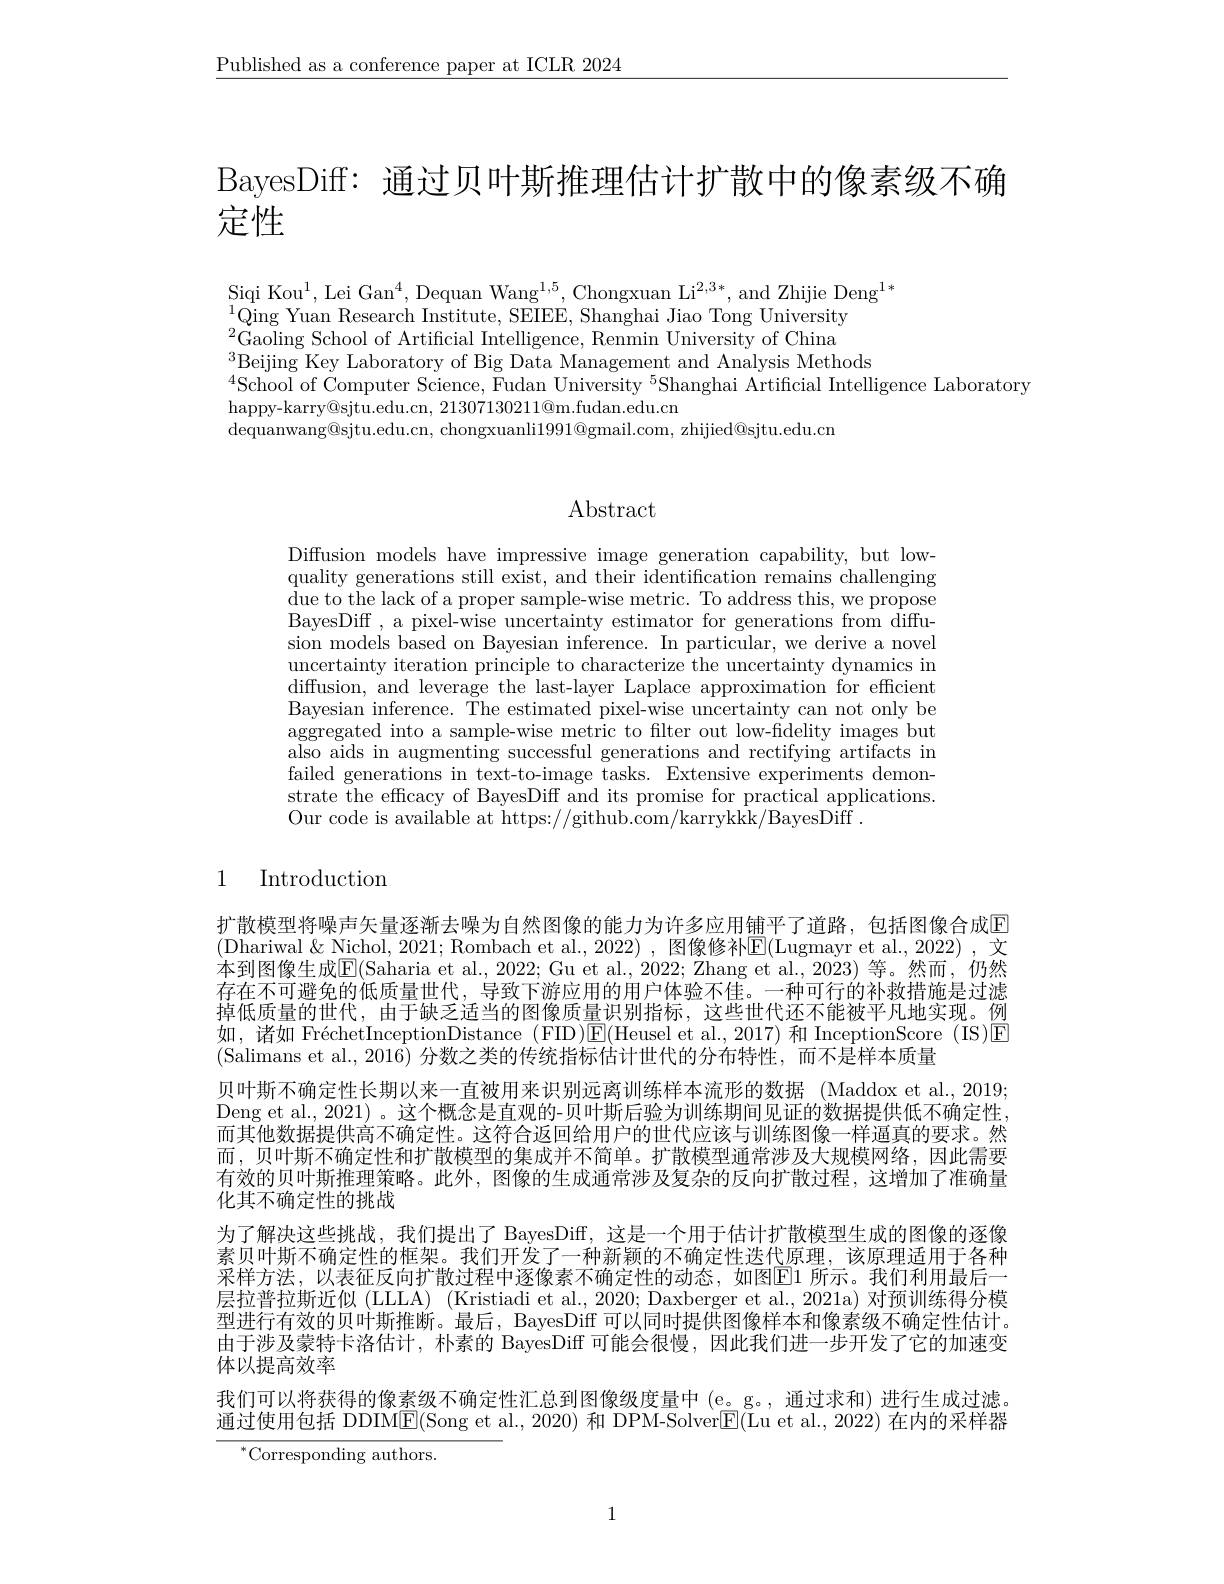
$\underline{\text{Published as a conference paper at ICLR 2024}}$

BayesDiff: 通过贝叶斯推理估计扩散中的像素级不确

定性

$\begin{array}{l}{\mathrm{Siqi~Kou}^{1},\text{Lei Gan}^{4},\text{Dequan Wang}^{1,5},\text{Chongxuan Li}^{2,3*},\text{and Zhijie Deng}^{1*}}\\{\mathrm{Siqi~Kou}^{1},\text{Lei Gan}^{4},\text{Dequan Wang}^{1,5},\text{Chongxuan Li}^{2,3*},\text{and Zhijie Deng}^{1*}}\end{array}$
$_{\mathrm{a}}^{1}$Qing Yuan Research Institute, SEIEE, Shanghai Jiao Tong University $^{2}$Gaoling School of Artificial Intelligence, Renmin University of China $^{3}$Beijing Key Laboratory of Big Data Management and Analysis Methods
$^{4}$School of Computer Science, Fudan University $^{5}$Shanghai Artificial Intelligence Laboratory
happy- karry@ sjtu. edu. cn, 21307130211@ m. fudan. edu. cn
dequanwang@sjtu.edu.cn, chongxuanli$1991@$gmail.com, zhijied@sjtu.edu.cn

# $\operatorname{Abstract}$

Diffusion models have impressive image generation capability, but lowquality generations still exist, and their identification remains challenging due to the lack of a proper sample-wise metric. To address this, we propose BayesDiff , a pixel-wise uncertainty estimator for generations from diffusion models based on Bayesian inference. In particular, we derive a novel uncertainty iteration principle to characterize the uncertainty dynamics in diffusion, and leverage the last-layer Laplace approximation for efficient Bayesian inference. The estimated pixel-wise uncertainty can not only be aggregated into a sample-wise metric to filter out low-fidelity images but also aids in augmenting successful generations and rectifying artifacts in failed generations in text-to-image tasks. Extensive experiments demonstrate the efficacy of BayesDiff and its promise for practical applications. Our code is available at https://github.com/karrykkk/BayesDiff~.

1 Introduction

扩散模型将噪声矢量逐渐去噪为自然图像的能力为许多应用铺平了道路，包括图像合成$\mathbb{E}$ (Dhariwal &Nichol, 2021; Rombach et al., 2022) , 图像修补$\mathbb{E}($Lugmayr et al., 2022) , 文本到图像生成$\boxed{\mathrm{E}}($Saharia et al., 2022; Gu et al., 2022; Zhang et al., 2023) 等。然而，仍然存在不可避免的低质量世代，导致下游应用的用户体验不佳。一种可行的补救措施是过滤掉低质量的世代，由于缺乏适当的图像质量识别指标，这些世代还不能被平凡地实现。例如，诸如 FréchetInceptionDistance (FID)$\boxed{\mathrm{E}}($Heusel et al.,2017) 和 InceptionScore (IS)E (Salimans et al.,2016) 分数之类的传统指标估计世代的分布特性，而不是样本质量
贝叶斯不确定性长期以来一直被用来识别远离训练样本流形的数据 (Maddox et al., 2019; Deng et al., 2021)。这个概念是直观的-贝叶斯后验为训练期间见证的数据提供低不确定性， 而其他数据提供高不确定性。这符合返回给用户的世代应该与训练图像一样通真的要求。然而，贝叶斯不确定性和扩散模型的集成并不简单。扩散模型通常涉及大规模网络，因此需要有效的贝叶斯推理策略。此外，图像的生成通常涉及复杂的反向扩散过程，这增加了准确量化其不确定性的挑战
为了解决这些挑战，我们提出了 BayesDiff, 这是一个用于估计扩散模型生成的图像的逐像素贝叶斯不确定性的框架。我们开发了一种新颖的不确定性迭代原理，该原理适用于各种采样方法，以表征反向扩散过程中逐像素不确定性的动态，如图$\boxed{\mathrm{E}}1$ 所示。我们利用最后一层拉普拉斯近似 (LLLA) (Kristiadi et al., 2020; Daxberger et al., 2021a) 对预训练得分模型进行有效的贝叶斯推断。最后，BayesDiff 可以同时提供图像样本和像素级不确定性估计。由于涉及蒙特卡洛估计，朴素的 BayesDiff 可能会很慢，因此我们进一步开发了它的加速变体以提高效率
我们可以将获得的像素级不确定性汇总到图像级度量中(e。g。,通过求和)进行生成过滤。通过使用包括 DDIME(Song et al., 2020) 和 DPM-SolverE(Lu et al., 2022) 在内的采样器
$^{*}$Corresponding authors.

1